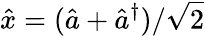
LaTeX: \hat{x}=(\hat{a}+\hat{a}^{\dagger})/\sqrt{2}